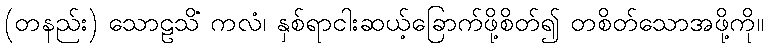
(တနည်း) သောဠသိံ ကလံ၊ နှစ်ရာငါးဆယ့်ခြောက်ဖို့စိတ်၍ တစိတ်သောအဖို့ကို။